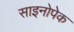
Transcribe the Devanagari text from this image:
साइनोपेक